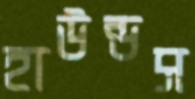
হাউন্ডস